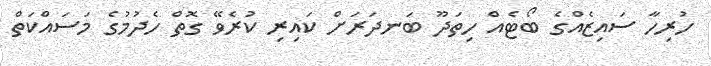
ހުރިހާ ސައިޒެއްގެ ބޯޓެއް ހިތަދޫ ބަނދަރަށް ކައިރި ކުރެވޭ ގޮތް ހެދުމުގެ މަަސައްކަތް